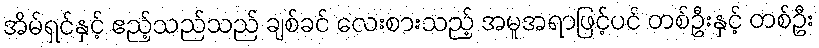
အိမ်ရှင်နှင့် ဧည့်သည်သည် ချစ်ခင် လေးစားသည့် အမူအရာဖြင့်ပင် တစ်ဦးနှင့် တစ်ဦး